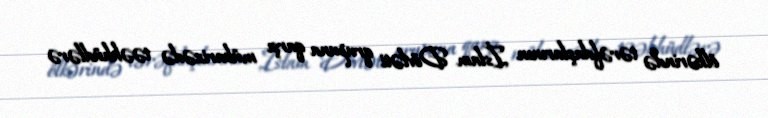
ölkərində tərəfdaşlarının İslam Dövləti qrupuna qarşı mübarizədə təəhhüdlərə